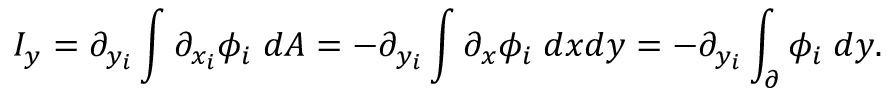
I _ { y } = \partial _ { y _ { i } } \int \partial _ { x _ { i } } \phi _ { i } \; d A = - \partial _ { y _ { i } } \int \partial _ { x } \phi _ { i } \; d x d y = - \partial _ { y _ { i } } \int _ { \partial } \phi _ { i } \; d y .